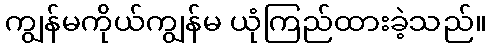
ကျွန်မကိုယ်ကျွန်မ ယုံကြည်ထားခဲ့သည်။